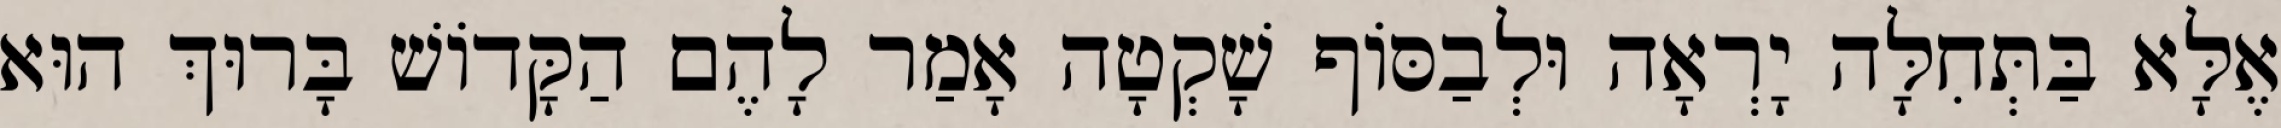
אֶלָּא בַּתְּחִלָּה יָרְאָה וּלְבַסּוֹף שָׁקְטָה אָמַר לָהֶם הַקָּדוֹשׁ בָּרוּךְ הוּא